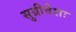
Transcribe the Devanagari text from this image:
सुग्रीवेशः